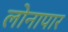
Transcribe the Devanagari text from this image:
लोनापार